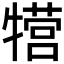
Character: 𱭰